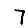
Digit: 7